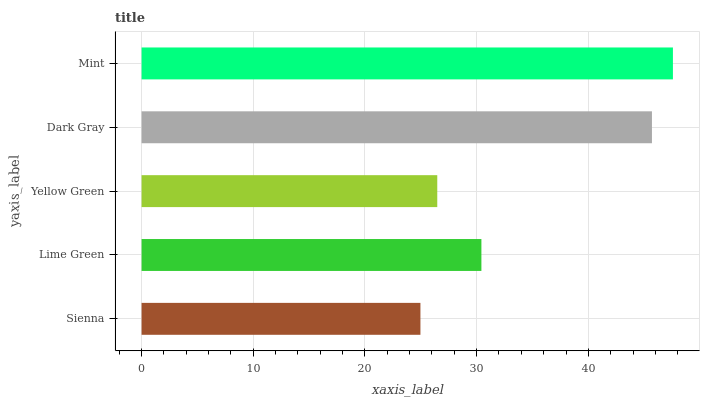
| yaxis_label | bars |
 | --- | --- |
 | Sienna | 25 |
 | Lime Green | 30.4 |
 | Yellow Green | 26.5 |
 | Dark Gray | 45.7 |
 | Mint | 47.6 |